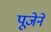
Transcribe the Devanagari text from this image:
पूजेने